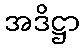
အဒိဋ္ဌာ